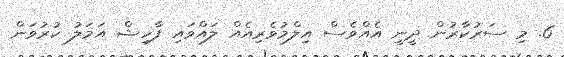
6. މި ސަރުކާރުން ދީނީ އެއްވެސް އިލްމުވެރިއެއް ލައްވައި ފާހިޝް އަމަލު ކުރުވަން